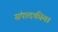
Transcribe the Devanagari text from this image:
संपादकीय।